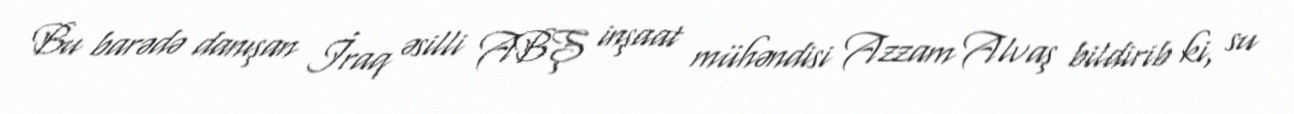
Bu barədə danışan İraq əsilli ABŞ inşaat mühəndisi Azzam Alvaş bildirib ki, su